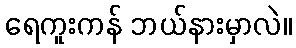
ရေကူးကန် ဘယ်နားမှာလဲ။